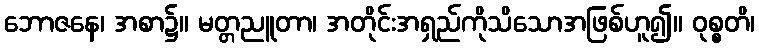
ဘောဇနေ၊ အစာ၌။ မတ္တညူတာ၊ အတိုင်းအရှည်ကိုသိသောအဖြစ်ဟူ၍။ ဝုစ္စတိ၊